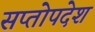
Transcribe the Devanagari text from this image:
सप्तोपदेश